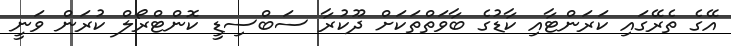
އޭގެ ތެރޭގައި ކަރަންޓާއި ކާޑުގެ ބާވަތްތަކަށް ދޫކުރާ ސަބްސިޑީ ކޮންޓްރޯލް ކުރަން ވަނީ